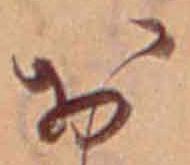
お